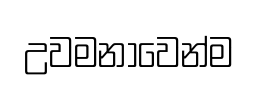
උවමනාවෙන්ම